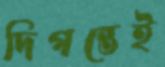
দিগন্তেই